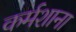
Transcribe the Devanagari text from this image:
कर्मशाना